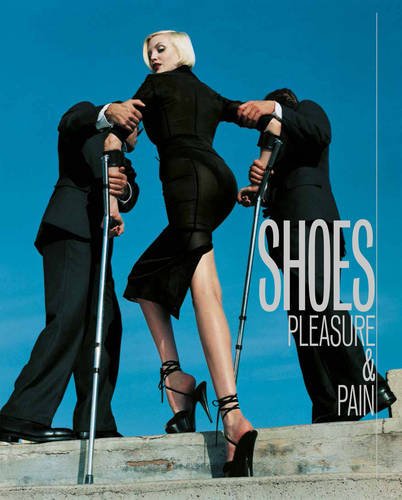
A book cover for Shoes: Pleasure & Pain; Health, Fitness & Dieting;